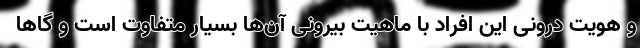
و هویت درونی این افراد با ماهیت بیرونی آن‌ها بسیار متفاوت است و گاها